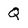
Character: Q